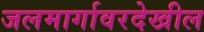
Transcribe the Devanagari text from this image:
जलमार्गावरदेखील